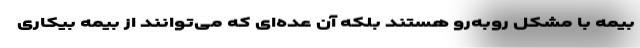
بیمه با مشکل روبه‌رو هستند بلکه آن عده‌ای که می‌توانند از بیمه بیکاری